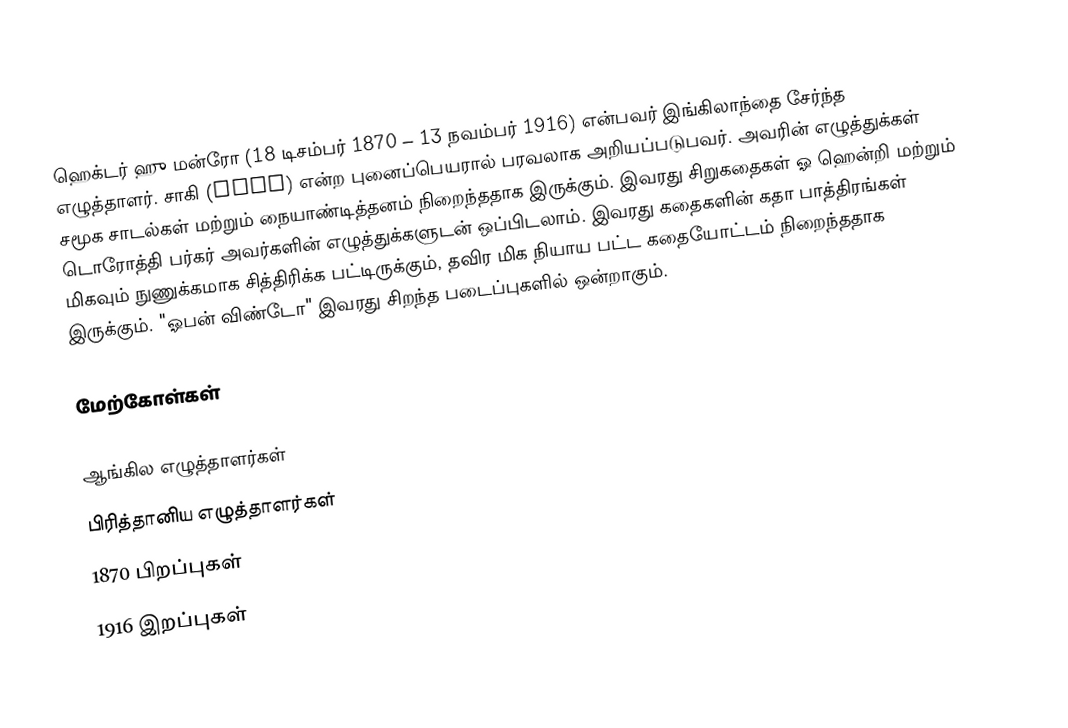
ஹெக்டர்  ஹு  மன்ரோ (18 டிசம்பர் 1870 – 13 நவம்பர் 1916) என்பவர்  இங்கிலாந்தை சேர்ந்த எழுத்தாளர். சாகி (Saki) என்ற புனைப்பெயரால் பரவலாக அறியப்படுபவர். அவரின் எழுத்துக்கள் சமூக சாடல்கள் மற்றும் நையாண்டித்தனம் நிறைந்ததாக இருக்கும். இவரது சிறுகதைகள் ஓ ஹென்றி மற்றும் டொரோத்தி பர்கர் அவர்களின் எழுத்துக்களுடன் ஒப்பிடலாம். இவரது கதைகளின் கதா பாத்திரங்கள் மிகவும் நுணுக்கமாக சித்திரிக்க பட்டிருக்கும், தவிர மிக நியாய பட்ட கதையோட்டம் நிறைந்ததாக இருக்கும். "ஓபன் விண்டோ" இவரது சிறந்த படைப்புகளில் ஒன்றாகும்.

மேற்கோள்கள்

ஆங்கில எழுத்தாளர்கள்
பிரித்தானிய எழுத்தாளர்கள்
1870 பிறப்புகள்
1916 இறப்புகள்